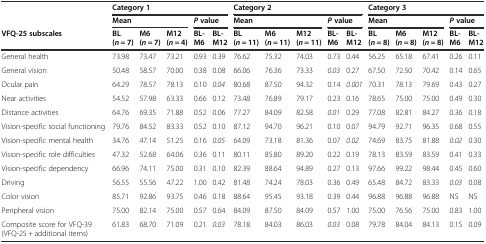
<table><thead><tr><td rowspan="2"></td><td colspan="5"><b>Category 1</b></td><td colspan="5"><b>Category 2</b></td><td colspan="5"><b>Category 3</b></td></tr><tr><td colspan="3"><b>Mean</b></td><td colspan="2"><b><i>P</i>value</b></td><td colspan="3"><b>Mean</b></td><td colspan="2"><b><i>P</i>value</b></td><td colspan="3"><b>Mean</b></td><td colspan="2"><b><i>P</i>value</b></td></tr><tr><td><b>VFQ-25 subscales</b></td><td><b>BL (<i>n</i> = 7)</b></td><td><b>M6 (<i>n</i> = 7)</b></td><td><b>M12(<i>n</i> = 4)</b></td><td><b>BL-M6</b></td><td><b>BL-M12</b></td><td><b>BL (<i>n</i> = 11)</b></td><td><b>M6 (<i>n</i> = 11)</b></td><td><b>M12 (<i>n</i> = 11)</b></td><td><b>BL-M6</b></td><td><b>BL-M12</b></td><td><b>BL (<i>n</i> = 8)</b></td><td><b>M6 (<i>n</i> = 8)</b></td><td><b>M12(<i>n</i> = 8)</b></td><td><b>BL-M6</b></td><td><b>BL-M12</b></td></tr></thead><tbody><tr><td>General health</td><td>73.98</td><td>73.47</td><td>73.21</td><td>0.93</td><td>0.39</td><td>76.62</td><td>75.32</td><td>74.03</td><td>0.73</td><td>0.44</td><td>56.25</td><td>65.18</td><td>67.41</td><td>0.26</td><td>0.11</td></tr><tr><td>General vision</td><td>50.48</td><td>58.57</td><td>70.00</td><td>0.38</td><td>0.08</td><td>66.06</td><td>76.36</td><td>73.33</td><td><i>0.03</i></td><td>0.27</td><td>67.50</td><td>72.50</td><td>70.42</td><td>0.14</td><td>0.65</td></tr><tr><td>Ocular pain</td><td>64.29</td><td>78.57</td><td>78.13</td><td>0.10</td><td><i>0.04</i></td><td>80.68</td><td>87.50</td><td>94.32</td><td>0.14</td><td><i>0.001</i></td><td>70.31</td><td>78.13</td><td>79.69</td><td>0.43</td><td>0.27</td></tr><tr><td>Near activities</td><td>54.52</td><td>57.98</td><td>63.33</td><td>0.66</td><td>0.12</td><td>73.48</td><td>76.89</td><td>79.17</td><td>0.23</td><td>0.16</td><td>78.65</td><td>75.00</td><td>75.00</td><td>0.49</td><td>0.30</td></tr><tr><td>Distance activities</td><td>64.76</td><td>69.35</td><td>71.88</td><td>0.52</td><td>0.06</td><td>77.27</td><td>84.09</td><td>82.58</td><td><i>0.01</i></td><td>0.29</td><td>77.08</td><td>82.81</td><td>84.27</td><td>0.36</td><td>0.18</td></tr><tr><td>Vision-specific social functioning</td><td>79.76</td><td>84.52</td><td>83.33</td><td>0.52</td><td>0.10</td><td>87.12</td><td>94.70</td><td>96.21</td><td>0.10</td><td>0.07</td><td>94.79</td><td>92.71</td><td>96.35</td><td>0.68</td><td>0.55</td></tr><tr><td>Vision-specific mental health</td><td>34.76</td><td>47.14</td><td>51.25</td><td>0.16</td><td><i>0.05</i></td><td>64.09</td><td>73.18</td><td>81.36</td><td>0.07</td><td><i>0.02</i></td><td>74.69</td><td>83.75</td><td>81.88</td><td><i>0.02</i></td><td>0.30</td></tr><tr><td>Vision-specific role difficulties</td><td>47.32</td><td>52.68</td><td>64.06</td><td>0.36</td><td>0.11</td><td>80.11</td><td>85.80</td><td>89.20</td><td>0.22</td><td>0.19</td><td>78.13</td><td>83.59</td><td>83.59</td><td>0.41</td><td>0.33</td></tr><tr><td>Vision-specific dependency</td><td>66.96</td><td>74.11</td><td>75.00</td><td>0.31</td><td>0.10</td><td>82.39</td><td>88.64</td><td>94.89</td><td>0.27</td><td>0.13</td><td>97.66</td><td>99.22</td><td>98.44</td><td>0.45</td><td>0.60</td></tr><tr><td>Driving</td><td>56.55</td><td>55.56</td><td>47.22</td><td>1.00</td><td>0.42</td><td>81.48</td><td>74.24</td><td>78.03</td><td>0.36</td><td>0.49</td><td>65.48</td><td>84.72</td><td>83.33</td><td><i>0.03</i></td><td>0.08</td></tr><tr><td>Color vision</td><td>85.71</td><td>92.86</td><td>93.75</td><td>0.46</td><td>0.18</td><td>88.64</td><td>95.45</td><td>93.18</td><td>0.39</td><td>0.44</td><td>96.88</td><td>96.88</td><td>96.88</td><td>NS</td><td>NS</td></tr><tr><td>Peripheral vision</td><td>75.00</td><td>82.14</td><td>75.00</td><td>0.57</td><td>0.64</td><td>84.09</td><td>87.50</td><td>84.09</td><td>0.57</td><td>1.00</td><td>75.00</td><td>76.56</td><td>75.00</td><td>0.83</td><td>1.00</td></tr><tr><td>Composite score for VFQ-39 (VFQ-25 + additional items)</td><td>61.83</td><td>68.70</td><td>71.09</td><td>0.21</td><td><i>0.03</i></td><td>78.18</td><td>84.03</td><td>86.03</td><td><i>0.03</i></td><td>0.08</td><td>79.78</td><td>84.04</td><td>84.13</td><td>0.15</td><td>0.09</td></tr></tbody></table>